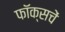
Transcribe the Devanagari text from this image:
फॉक्सचें